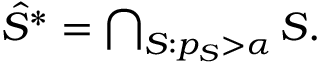
\begin{array} { r } { \hat { S } ^ { * } = \bigcap _ { S : p _ { S } > \alpha } S . } \end{array}